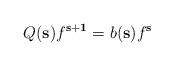
LaTeX: \begin{align*}Q(\textbf{s}) f^{\textbf{s}+\textbf{1}} = b(\textbf{s}) f^{\textbf{s}}\end{align*}